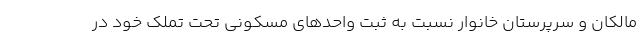
مالکان و سرپرستان خانوار نسبت به ثبت واحدهای مسکونی تحت تملک خود در